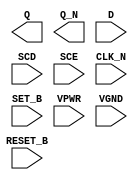
/**
 * Copyright 2020 The SkyWater PDK Authors
 *
 * Licensed under the Apache License, Version 2.0 (the "License");
 * you may not use this file except in compliance with the License.
 * You may obtain a copy of the License at
 *
 *     https://www.apache.org/licenses/LICENSE-2.0
 *
 * Unless required by applicable law or agreed to in writing, software
 * distributed under the License is distributed on an "AS IS" BASIS,
 * WITHOUT WARRANTIES OR CONDITIONS OF ANY KIND, either express or implied.
 * See the License for the specific language governing permissions and
 * limitations under the License.
 *
 * SPDX-License-Identifier: Apache-2.0
 */

`ifndef SKY130_FD_SC_HS__SDFBBN_PP_BLACKBOX_V
`define SKY130_FD_SC_HS__SDFBBN_PP_BLACKBOX_V

/**
 * sdfbbn: Scan delay flop, inverted set, inverted reset, inverted
 *         clock, complementary outputs.
 *
 * Verilog stub definition (black box with power pins).
 *
 * WARNING: This file is autogenerated, do not modify directly!
 */

`timescale 1ns / 1ps
`default_nettype none

(* blackbox *)
module sky130_fd_sc_hs__sdfbbn (
    Q      ,
    Q_N    ,
    D      ,
    SCD    ,
    SCE    ,
    CLK_N  ,
    SET_B  ,
    RESET_B,
    VPWR   ,
    VGND
);

    output Q      ;
    output Q_N    ;
    input  D      ;
    input  SCD    ;
    input  SCE    ;
    input  CLK_N  ;
    input  SET_B  ;
    input  RESET_B;
    input  VPWR   ;
    input  VGND   ;
endmodule

`default_nettype wire
`endif  // SKY130_FD_SC_HS__SDFBBN_PP_BLACKBOX_V